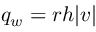
q _ { w } = r h | \boldsymbol { v } |